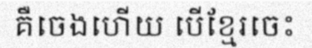
គឺចេងហើយ បើខ្មែរចេះ